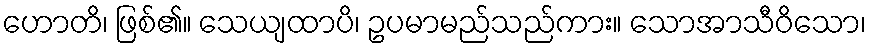
ဟောတိ၊ ဖြစ်၏။ သေယျထာပိ၊ ဥပမာမည်သည်ကား။ သောအာသီဝိသော၊